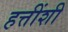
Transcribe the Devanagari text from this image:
हत्तींशी